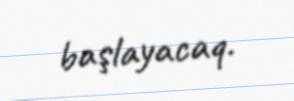
başlayacaq.